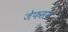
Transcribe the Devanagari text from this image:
जेफसन